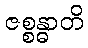
ဇစ္စန္ဓာတိ